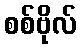
စစ်ဗိုလ်